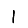
Digit: 1